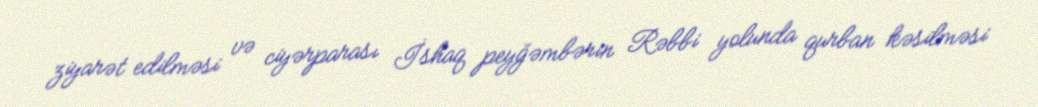
ziyarət edilməsi və ciyərparası İshaq peyğəmbərin Rəbbi yolunda qurban kəsilməsi